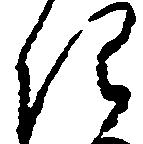
き